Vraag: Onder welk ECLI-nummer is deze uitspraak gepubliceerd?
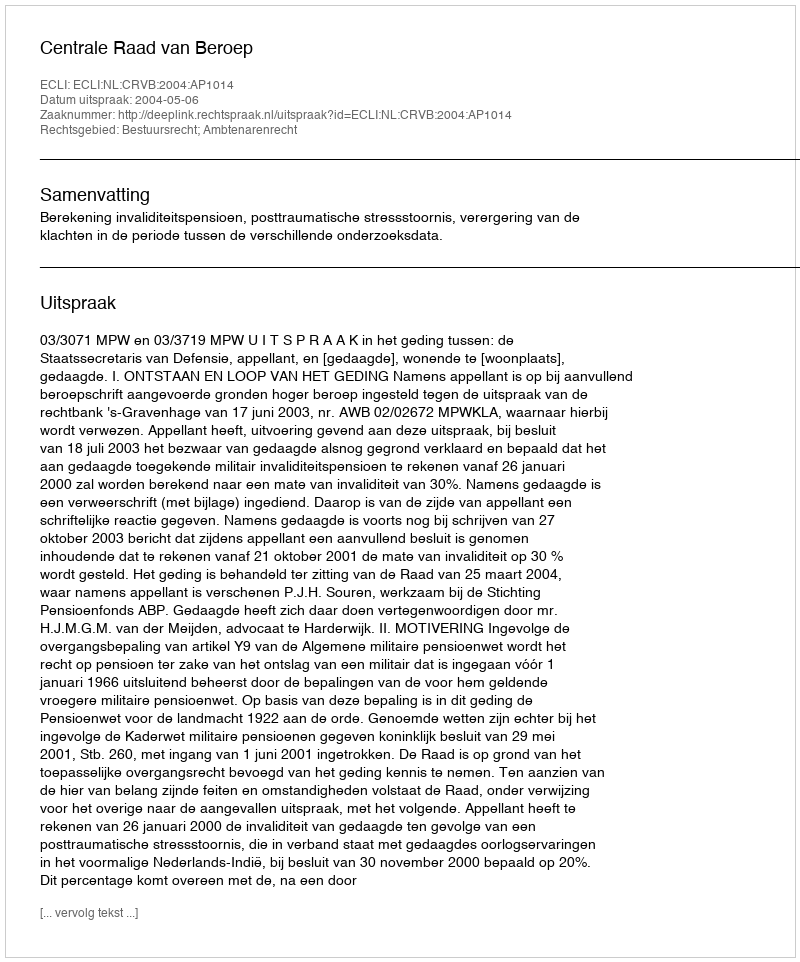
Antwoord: ECLI:NL:CRVB:2004:AP1014